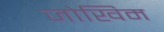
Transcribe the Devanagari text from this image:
जोखिम